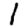
Digit: 1